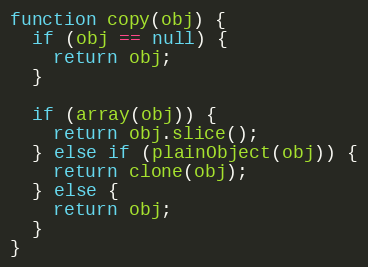
Language: JavaScript
function copy(obj) {
  if (obj == null) {
    return obj;
  }

  if (array(obj)) {
    return obj.slice();
  } else if (plainObject(obj)) {
    return clone(obj);
  } else {
    return obj;
  }
}